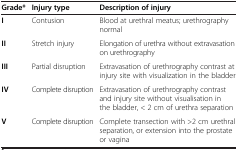
<table><thead><tr><td><b>Grade*</b></td><td><b>Injury type</b></td><td><b>Description of injury</b></td></tr></thead><tbody><tr><td><b>I</b></td><td>Contusion</td><td>Blood at urethral meatus; urethrography normal</td></tr><tr><td><b>II</b></td><td>Stretch injury</td><td>Elongation of urethra without extravasation on urethrography</td></tr><tr><td><b>III</b></td><td>Partial disruption</td><td>Extravasation of urethrography contrast at injury site with visualization in the bladder</td></tr><tr><td><b>IV</b></td><td>Complete disruption</td><td>Extravasation of urethrography contrast and injury site without visualisation in the bladder, &lt; 2 cm of urethra separation</td></tr><tr><td><b>V</b></td><td>Complete disruption</td><td>Complete transection with &gt;2 cm urethral separation, or extension into the prostate or vagina</td></tr></tbody></table>